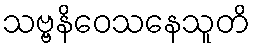
သဗ္ဗနိဝေသနေသူတိ